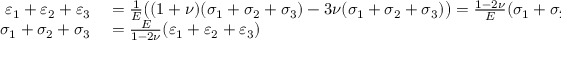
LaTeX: \begin{array} { r l } { \varepsilon _ { 1 } + \varepsilon _ { 2 } + \varepsilon _ { 3 } } & { { } = { \frac { 1 } { E } } { \big ( } ( 1 + \nu ) ( \sigma _ { 1 } + \sigma _ { 2 } + \sigma _ { 3 } ) - 3 \nu ( \sigma _ { 1 } + \sigma _ { 2 } + \sigma _ { 3 } ) { \big ) } = { \frac { 1 - 2 \nu } { E } } ( \sigma _ { 1 } + \sigma _ { 2 } + \sigma _ { 3 } ) } \\ { \sigma _ { 1 } + \sigma _ { 2 } + \sigma _ { 3 } } & { { } = { \frac { E } { 1 - 2 \nu } } ( \varepsilon _ { 1 } + \varepsilon _ { 2 } + \varepsilon _ { 3 } ) } \end{array}